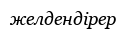
желдендірер